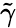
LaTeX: \tilde{\gamma}